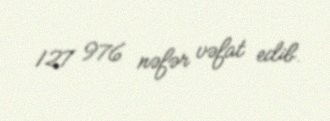
127 976 nəfər vəfat edib.